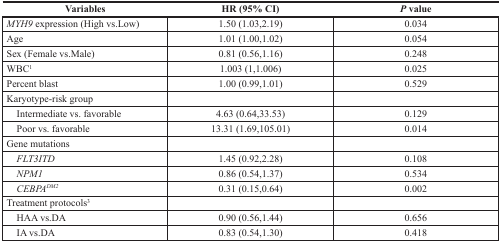
<table><thead><tr><td><b>Variables</b></td><td><b>HR (95% CI)</b></td><td><b><i>P</i> value</b></td></tr></thead><tbody><tr><td><i>MYH9</i> expression (High vs.Low)</td><td>1.50 (1.03,2.19)</td><td>0.034</td></tr><tr><td>Age</td><td>1.01 (1.00,1.02)</td><td>0.054</td></tr><tr><td>Sex (Female vs.Male)</td><td>0.81 (0.56,1.16)</td><td>0.248</td></tr><tr><td>WBC<sup>1</sup></td><td>1.003 (1,1.006)</td><td>0.025</td></tr><tr><td>Percent blast</td><td>1.00 (0.99,1.01)</td><td>0.529</td></tr><tr><td>Karyotype-risk group</td><td></td><td></td></tr><tr><td> Intermediate vs. favorable</td><td>4.63 (0.64,33.53)</td><td>0.129</td></tr><tr><td> Poor vs. favorable</td><td>13.31 (1.69,105.01)</td><td>0.014</td></tr><tr><td>Gene mutations</td><td></td><td></td></tr><tr><td> <i>FLT3ITD</i></td><td>1.45 (0.92,2.28)</td><td>0.108</td></tr><tr><td> <i>NPM1</i></td><td>0.86 (0.54,1.37)</td><td>0.534</td></tr><tr><td> <i>CEBPA<sup>DM</sup><sup>2</sup></i></td><td>0.31 (0.15,0.64)</td><td>0.002</td></tr><tr><td>Treatment protocols<sup>3</sup></td><td></td><td></td></tr><tr><td> HAA vs.DA</td><td>0.90 (0.56,1.44)</td><td>0.656</td></tr><tr><td> IA vs.DA</td><td>0.83 (0.54,1.30)</td><td>0.418</td></tr></tbody></table>